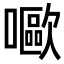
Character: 𡂿